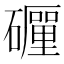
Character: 𥗃